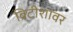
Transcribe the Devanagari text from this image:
ब्रिटीशांवर